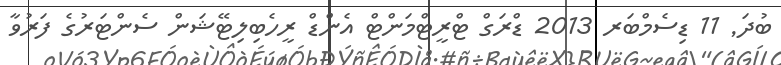
ބުދަ